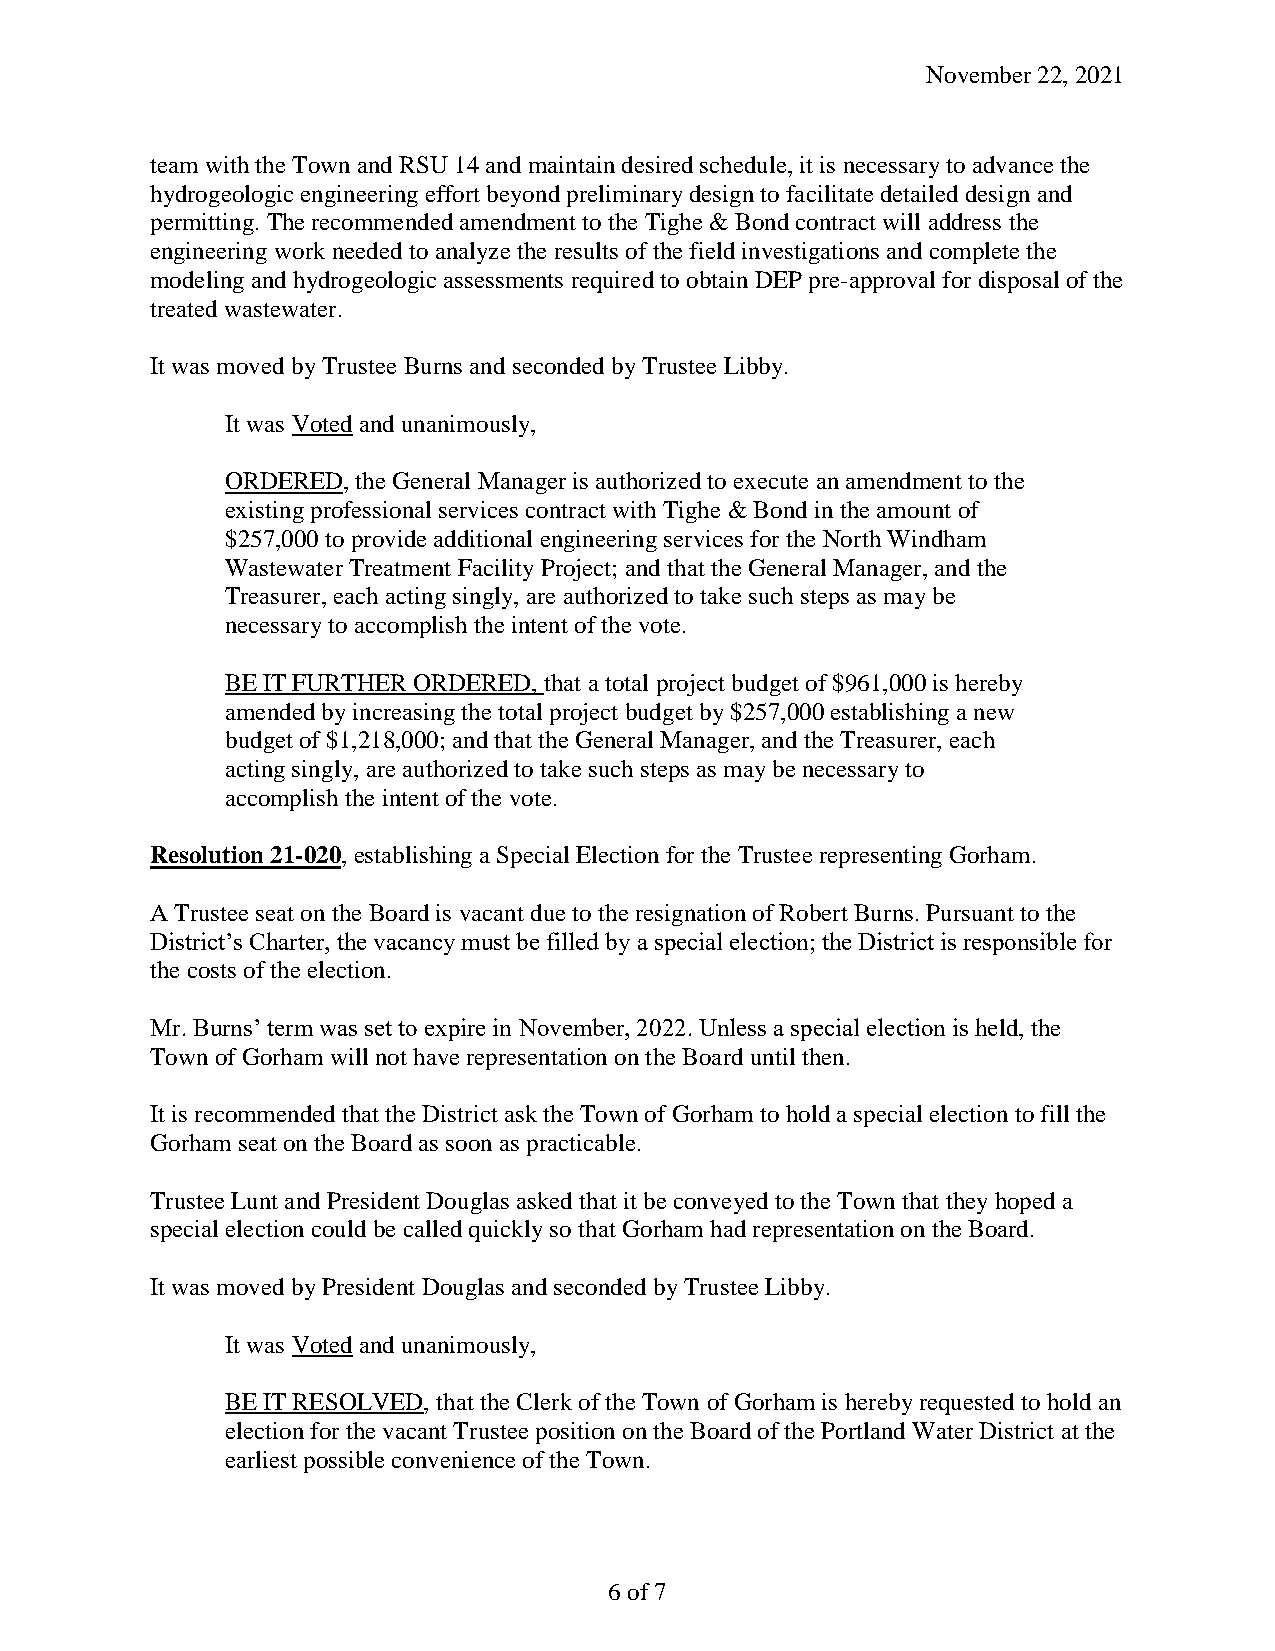
November 22, 2021
 team with the Town and RSU 14 and maintain desired schedule, it is necessary to advance the
 hydrogeologic engineering effort beyond preliminary design to facilitate detailed design and
 permitting. The recommended amendment to the Tighe & Bond contract will address the
 engineering work needed to analyze the results of the field investigations and complete the
 modeling and hydrogeologic assessments required to obtain DEP pre-approval for disposal of the
 treated wastewater.
 It was moved by Trustee Burns and seconded by Trustee Libby.
 It was Voted and unanimously,
 ORDERED, the General Manager is authorized to execute an amendment to the
 existing professional services contract with Tighe & Bond in the amount of
 $257,000 to provide additional engineering services for the North Windham
 Wastewater Treatment Facility Project; and that the General Manager, and the
 Treasurer, each acting singly, are authorized to take such steps as may be
 necessary to accomplish the intent of the vote.
 BE IT FURTHER ORDERED, that a total project budget of $961,000 is hereby
 amended by increasing the total project budget by $257,000 establishing a new
 budget of $1,218,000; and that the General Manager, and the Treasurer, each
 acting singly, are authorized to take such steps as may be necessary to
 accomplish the intent of the vote.
 Resolution 21-020, establishing a Special Election for the Trustee representing Gorham.
 A Trustee seat on the Board is vacant due to the resignation of Robert Burns. Pursuant to the
 District’s Charter, the vacancy must be filled by a special election; the District is responsible for
 the costs of the election.
 Mr. Burns’ term was set to expire in November, 2022. Unless a special election is held, the
 Town of Gorham will not have representation on the Board until then.
 It is recommended that the District ask the Town of Gorham to hold a special election to fill the
 Gorham seat on the Board as soon as practicable.
 Trustee Lunt and President Douglas asked that it be conveyed to the Town that they hoped a
 special election could be called quickly so that Gorham had representation on the Board.
 It was moved by President Douglas and seconded by Trustee Libby.
 It was Voted and unanimously,
 BE IT RESOLVED, that the Clerk of the Town of Gorham is hereby requested to hold an
 election for the vacant Trustee position on the Board of the Portland Water District at the
 earliest possible convenience of the Town.
 6 of 7